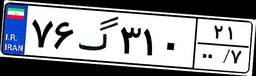
۷۶گ۳۱۰۲۱